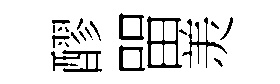
醪㽞羙